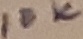
Text: 10K